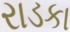
રાડકા